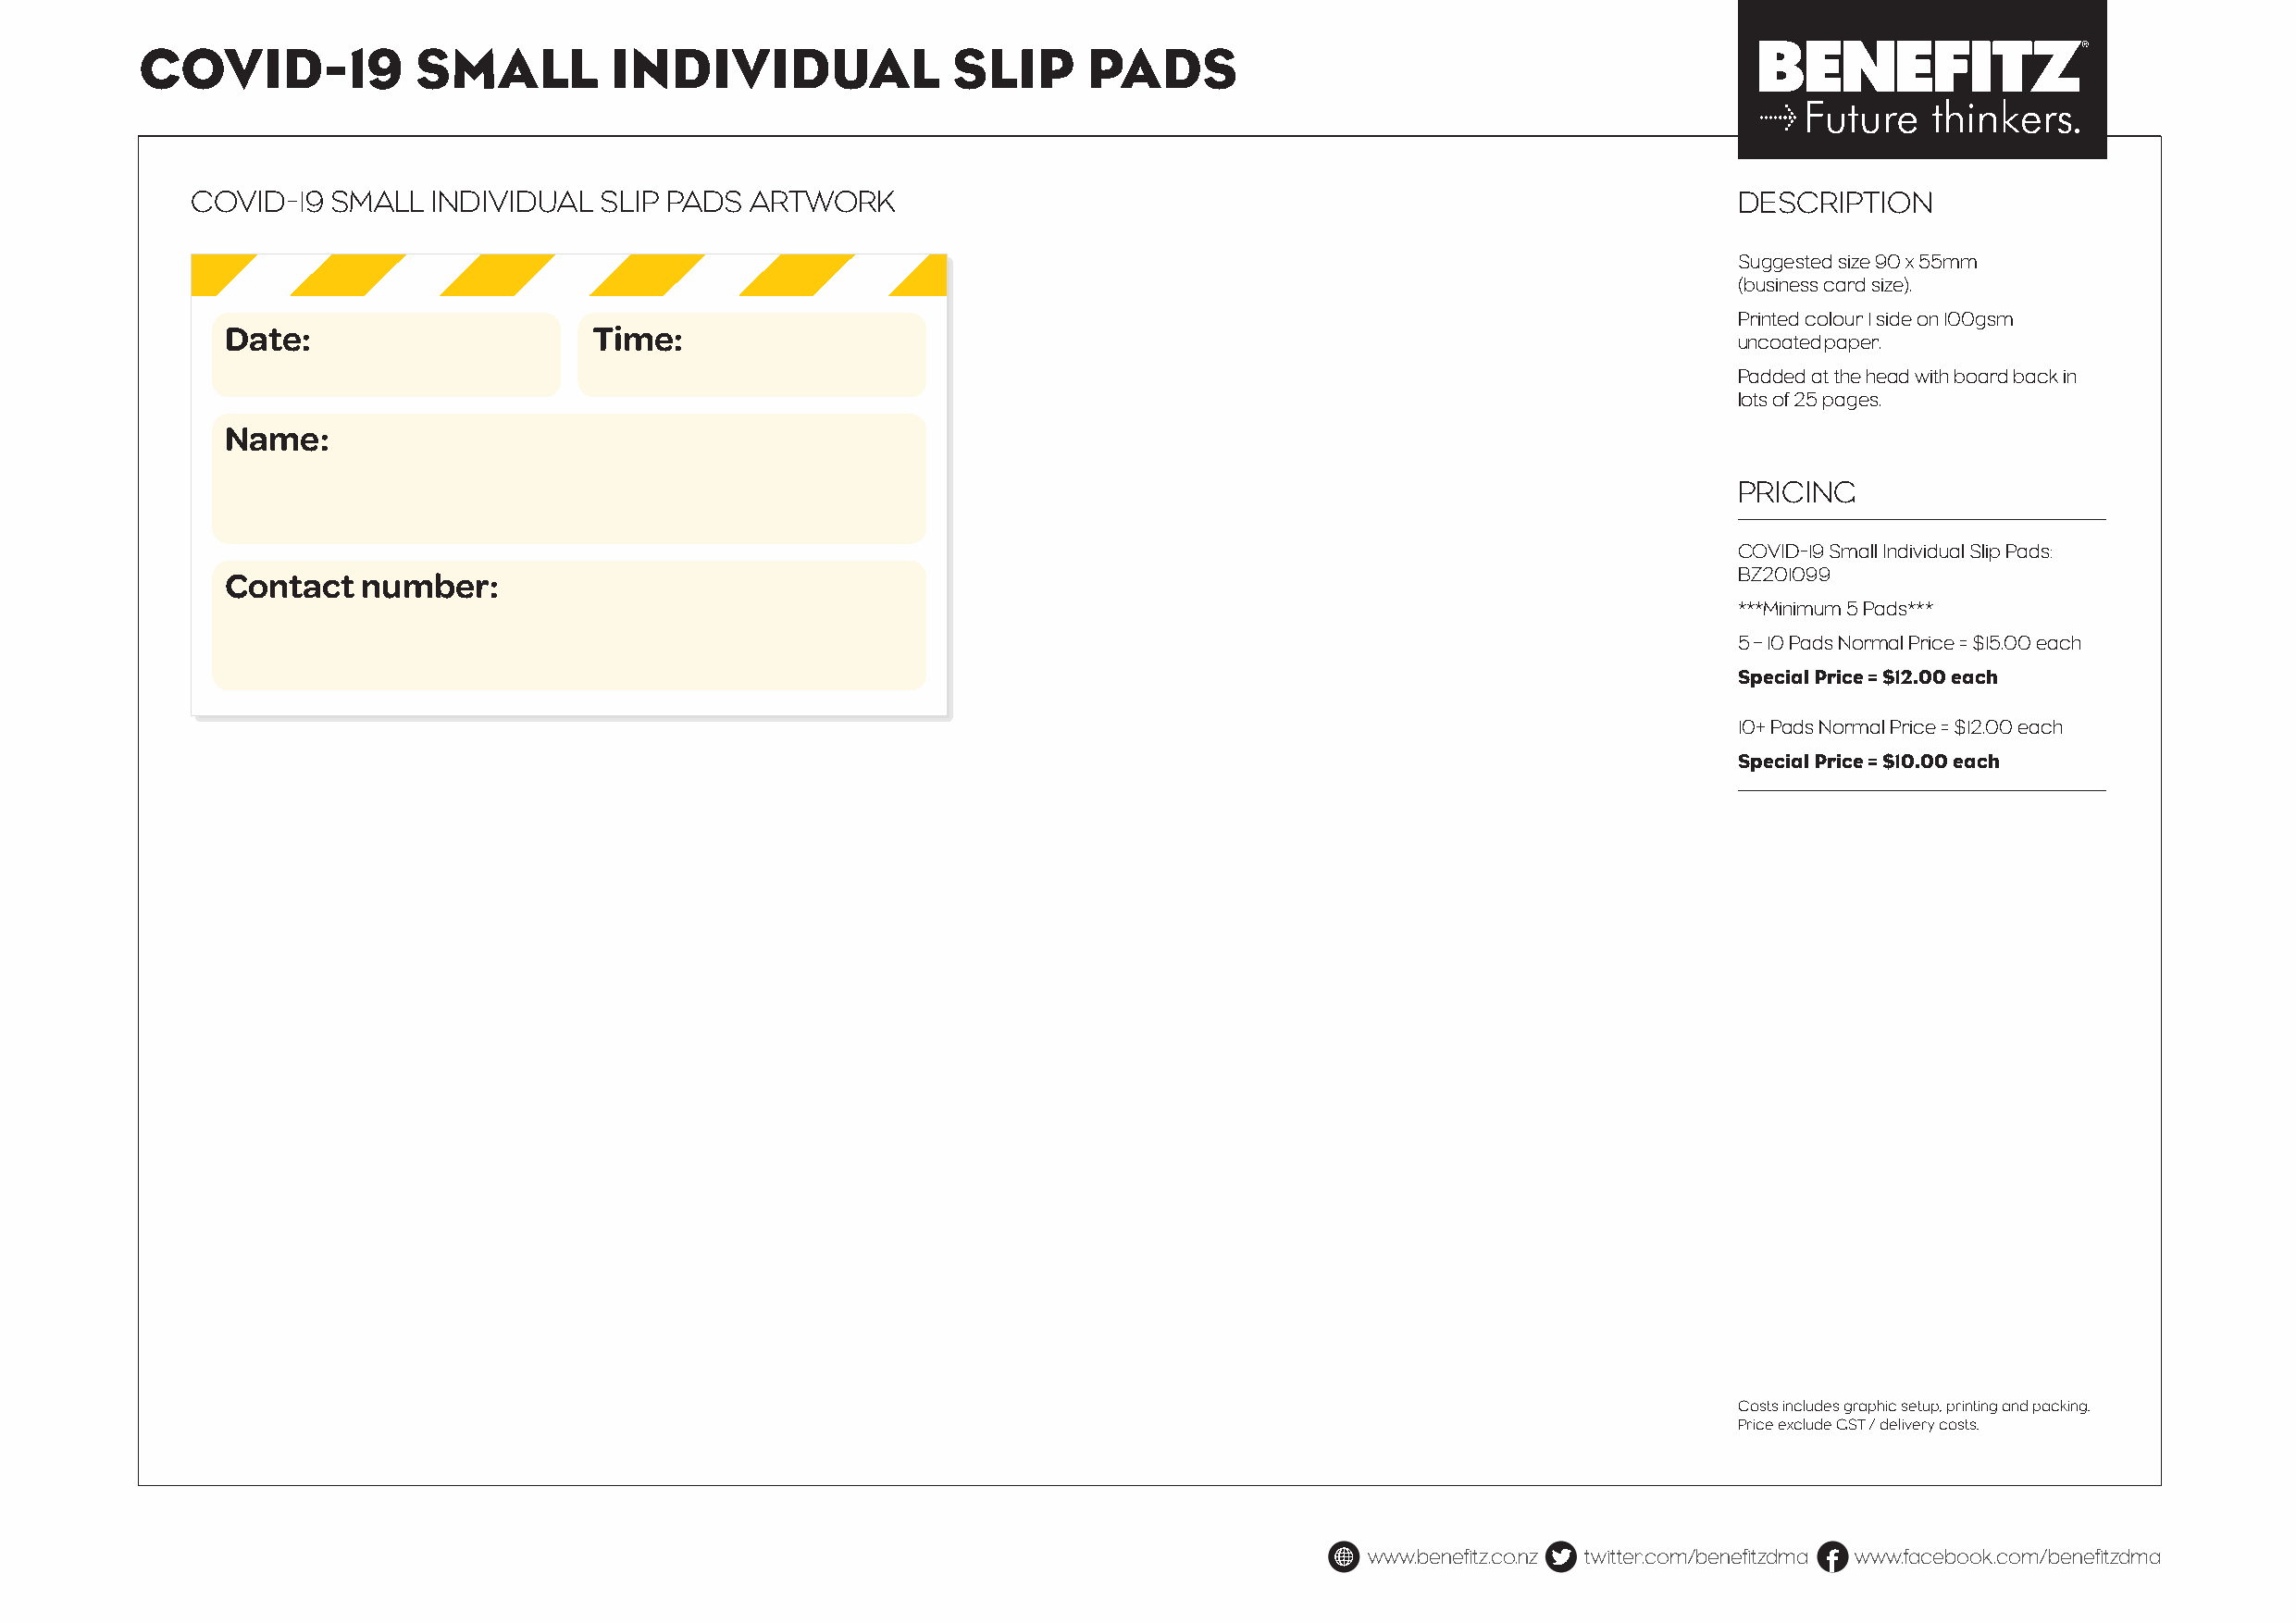
COVID-19            SMALL         INDIVIDUAL              SLIP      PADS
 COVID-19  SMALL  INDIVIDUAL  SLIP PADS  ARTWORK                                                               DESCRIPTION
 Suggested size 90 x 55mm
 (business card size).
 Printed colour 1 side on 100gsm
 Date:                     Time:
 uncoated paper.
 Padded at the head with board back in
 lots of 25 pages.
 Name:
 PRICING
 COVID-19 Small Individual Slip Pads:
 Contact   number:                                                                                           BZ201099
 ***Minimum 5 Pads***
 5 – 10 Pads Normal Price = $15.00 each
 Special Price = $12.00 each
 10+ Pads Normal Price = $12.00 each
 Special Price = $10.00 each
 Costs includes graphic setup, printing and packing.
 Price exclude GST / delivery costs.
 www.benefitz.co.nz twitter.com/benefitzdma www.facebook.com/benefitzdma